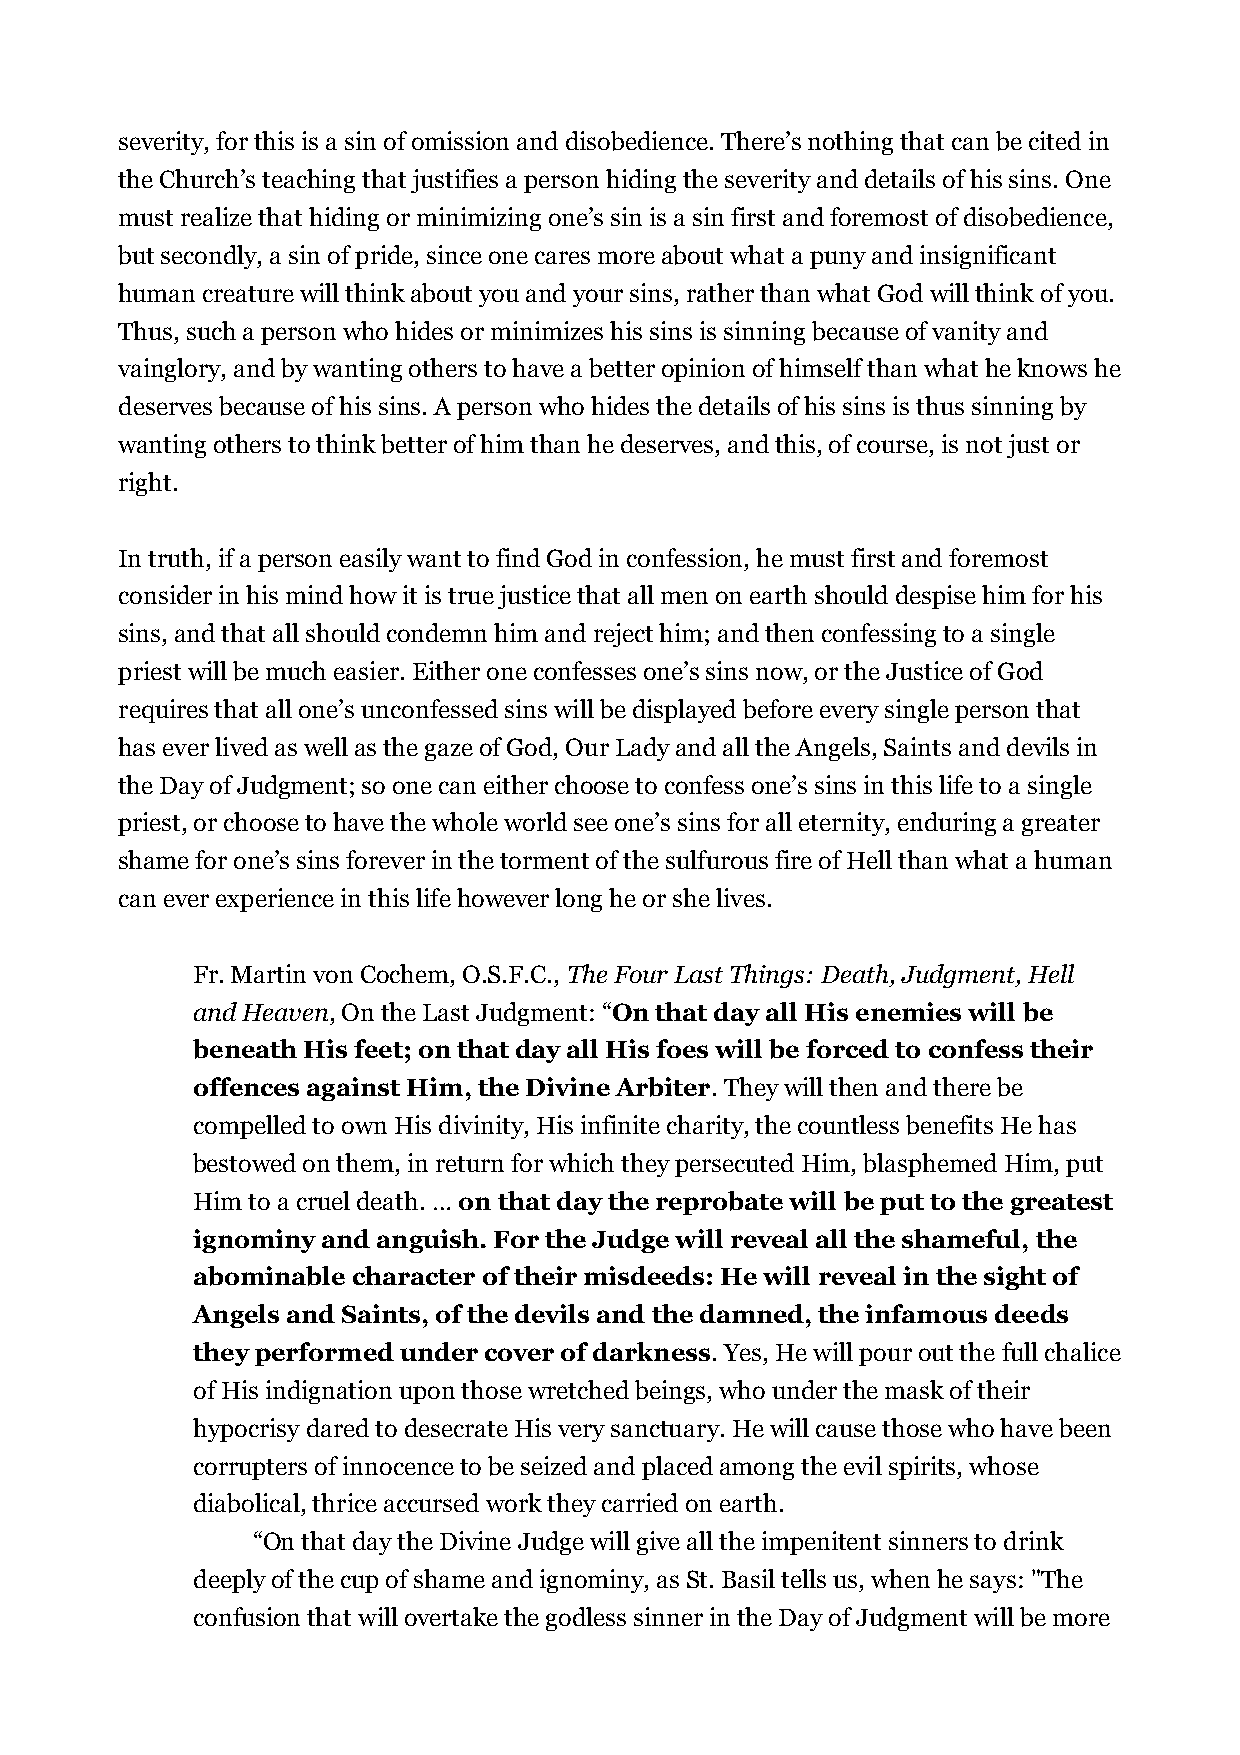
severity, for this is a sin of omission and disobedience. There’s nothing that can be cited in
 the Church’s teaching that justifies a person hiding the severity and details of his sins. One
 must realize that hiding or minimizing one’s sin is a sin first and foremost of disobedience,
 but secondly, a sin of pride, since one cares more about what a puny and insignificant
 human creature will think about you and your sins, rather than what God will think of you.
 Thus, such a person who hides or minimizes his sins is sinning because of vanity and
 vainglory, and by wanting others to have a better opinion of himself than what he knows he
 deserves because of his sins. A person who hides the details of his sins is thus sinning by
 wanting others to think better of him than he deserves, and this, of course, is not just or
 right.
 In truth, if a person easily want to find God in confession, he must first and foremost
 consider in his mind how it is true justice that all men on earth should despise him for his
 sins, and that all should condemn him and reject him; and then confessing to a single
 priest will be much easier. Either one confesses one’s sins now, or the Justice of God
 requires that all one’s unconfessed sins will be displayed before every single person that
 has ever lived as well as the gaze of God, Our Lady and all the Angels, Saints and devils in
 the Day of Judgment; so one can either choose to confess one’s sins in this life to a single
 priest, or choose to have the whole world see one’s sins for all eternity, enduring a greater
 shame for one’s sins forever in the torment of the sulfurous fire of Hell than what a human
 can ever experience in this life however long he or she lives.
 Fr. Martin von Cochem, O.S.F.C., The Four Last Things: Death, Judgment, Hell
 and Heaven, On the Last Judgment: “On that day all His enemies will be
 beneath His feet; on that day all His foes will be forced to confess their
 offences against Him, the Divine Arbiter. They will then and there be
 compelled to own His divinity, His infinite charity, the countless benefits He has
 bestowed on them, in return for which they persecuted Him, blasphemed Him, put
 Him to a cruel death. … on that day the reprobate will be put to the greatest
 ignominy and anguish. For the Judge will reveal all the shameful, the
 abominable character of their misdeeds: He will reveal in the sight of
 Angels and Saints, of the devils and the damned, the infamous deeds
 they performed under cover of darkness. Yes, He will pour out the full chalice
 of His indignation upon those wretched beings, who under the mask of their
 hypocrisy dared to desecrate His very sanctuary. He will cause those who have been
 corrupters of innocence to be seized and placed among the evil spirits, whose
 diabolical, thrice accursed work they carried on earth.
 “On that day the Divine Judge will give all the impenitent sinners to drink
 deeply of the cup of shame and ignominy, as St. Basil tells us, when he says: "The
 confusion that will overtake the godless sinner in the Day of Judgment will be more